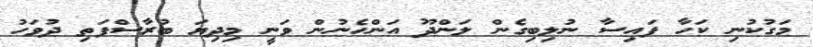
މަގުކުނި ކަހާ ފައިސާ ނުލިބިގެން ލަންދޫ އަންހެނުން ވަނީ މިދިޔަ ބުރާސްފަތި ދުވަހު